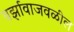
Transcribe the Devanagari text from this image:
वर्झावाजवळील